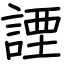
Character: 諲